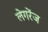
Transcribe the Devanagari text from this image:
लेगरेंज